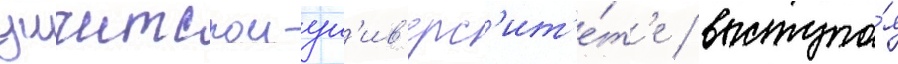
уичитском ун'ив'ерс'ит'е́т'е / выступа́я